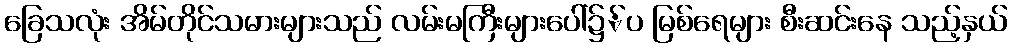
ခြေသလုံး အိမ်တိုင်သမားများသည် လမ်းမကြီးများပေါ်၌်ပ မြစ်ရေများ စီးဆင်းနေ သည့်နှယ်